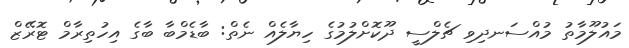
މައުލޫމާތު މުއްސަނދިވި ޗެލްސީ ދޫކޮށްލުމުގެ ހިޔާލެއް ނެތް: ބާޑެމްބާ ބާގެ އިހުތިރާމް ޓޮރޭޒް